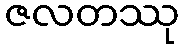
ဇလတဿု